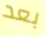
بعد